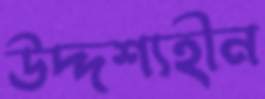
উদ্দশ্যহীন